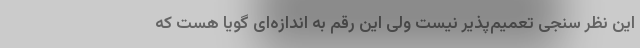
این نظر سنجی تعمیم‌پذیر نیست ولی این رقم به اندازه‌ای گویا هست که